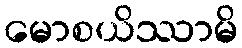
မောစယိဿာမိ